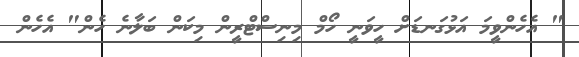
" އެހެންވީމަ އަޅުގަނޑަށް ހީވަނީ ހޯމް މިނިސްޓްރީން މިކަން ބަލާނެ ހެން" އެހެން